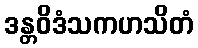
ဒန္တဝိဒံသကဟသိတံ